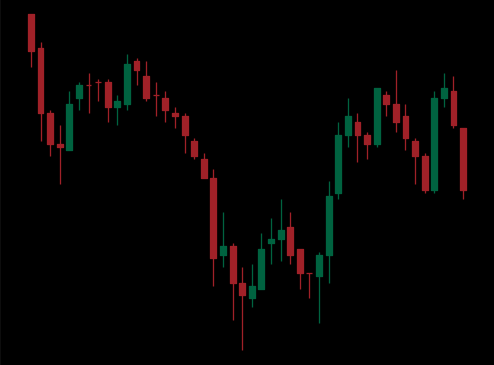
Pattern: inverse_head_shoulders